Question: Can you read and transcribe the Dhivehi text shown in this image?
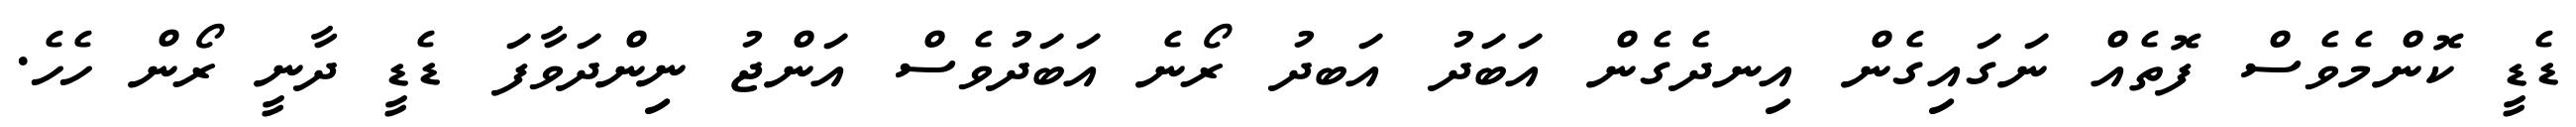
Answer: ޑެޑީ ކޮންމެވެސް ފޮތެއް ނަގައިގެން އިނދެގެން އަބަދު އަބދު ރޯނެ އަބަދުވެސް އަންޖު ނިންދަވާފަ ޑެޑީ ދާނީ ރޯން ހެހެ.